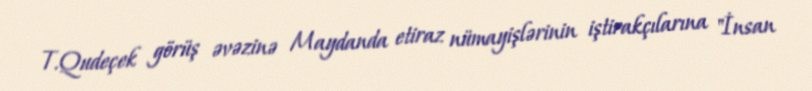
T.Qudeçek görüş əvəzinə Maydanda etiraz nümayişlərinin iştirakçılarına "İnsan